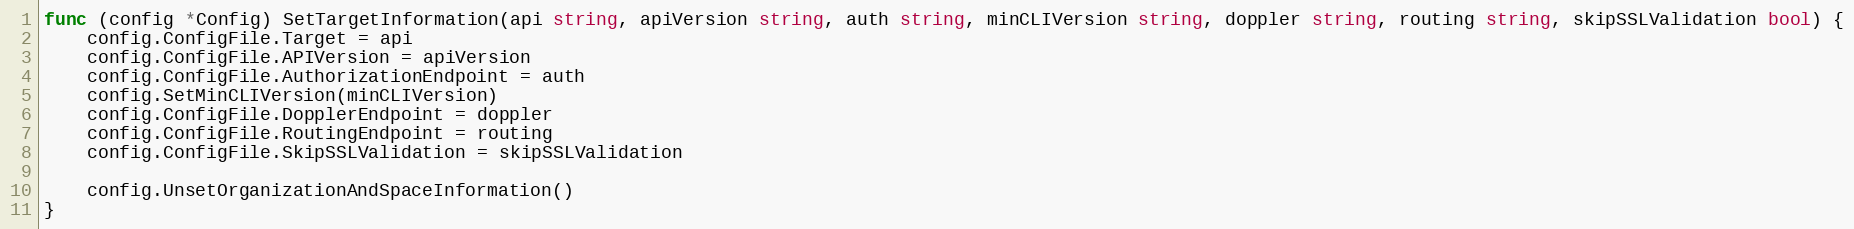
Language: Go
func (config *Config) SetTargetInformation(api string, apiVersion string, auth string, minCLIVersion string, doppler string, routing string, skipSSLValidation bool) {
	config.ConfigFile.Target = api
	config.ConfigFile.APIVersion = apiVersion
	config.ConfigFile.AuthorizationEndpoint = auth
	config.SetMinCLIVersion(minCLIVersion)
	config.ConfigFile.DopplerEndpoint = doppler
	config.ConfigFile.RoutingEndpoint = routing
	config.ConfigFile.SkipSSLValidation = skipSSLValidation

	config.UnsetOrganizationAndSpaceInformation()
}